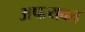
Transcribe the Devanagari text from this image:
अपत्यवत